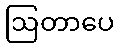
ဩတာပေ